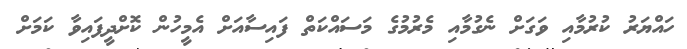
ހައްޔަރު ކުރުމާއި ވަގަށް ނެގުމާއި މެރުމުގެ މަސައްކަތް ފައިސާއަށް އެމީހުން ކޮށްދީފައިވާ ކަމަށް